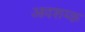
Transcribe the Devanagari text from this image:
आवशय्क